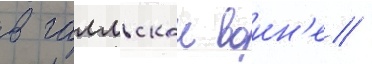
в галльскои воин'е /